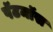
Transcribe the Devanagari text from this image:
पॅटमॉस